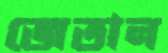
জেতান